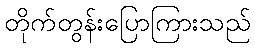
တိုက်တွန်းပြောကြားသည်